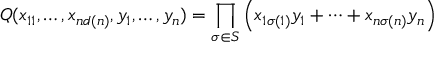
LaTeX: Q ( x _ { 1 1 } , \dots , x _ { n d ( n ) } , y _ { 1 } , \dots , y _ { n } ) = \prod _ { \sigma \in S } \left( x _ { 1 \sigma ( 1 ) } y _ { 1 } + \dots + x _ { n \sigma ( n ) } y _ { n } \right)